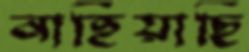
নাহিয়াছি